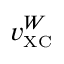
v _ { \scriptscriptstyle \mathrm { X C } } ^ { W }